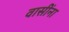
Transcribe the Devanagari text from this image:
वासींना